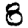
Digit: 8